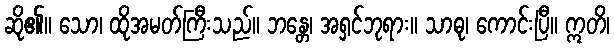
ဆို၏။ သော၊ ထိုအမတ်ကြီးသည်။ ဘန္တေ၊ အရှင်ဘုရား။ သာဓု၊ ကောင်းပြီ။ ဣတိ၊